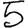
Digit: 5